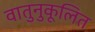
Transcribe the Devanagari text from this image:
वातुनुकूलित